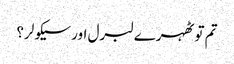
تم تو ٹھہرے لبرل اور سیکولر؟